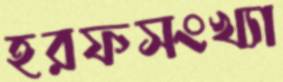
হরফসংখ্যা